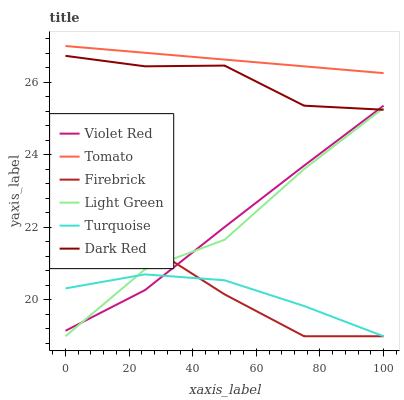
| xaxis_label | Violet Red | Tomato | Firebrick | Light Green | Turquoise | Dark Red |
 | --- | --- | --- | --- | --- | --- | --- |
 | 0 | 19.2 | 27 | 21.9 | 19 | 20.3 | 26.7 |
 | 25 | 20.3 | 26.8 | 21.6 | 20.8 | 20.7 | 26.4 |
 | 50 | 22 | 26.6 | 20.2 | 21.7 | 20.5 | 26.5 |
 | 75 | 23.7 | 26.4 | 19 | 23.6 | 19.8 | 25.4 |
 | 100 | 25.4 | 26.3 | 19 | 25.3 | 19 | 25.2 |